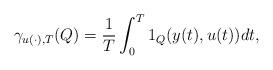
LaTeX: \begin{align*} \gamma _{u(\cdot),T} (Q) = \frac{1}{T}\int _0 ^ T 1_Q (y(t),u(t)) dt ,\end{align*}